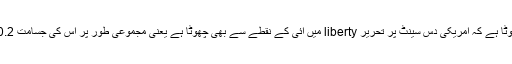
یہ پیوند اتنا چھوٹا ہے کہ امریکی دس سینٹ پر تحریر liberty میں آئی کے نقطے سے بھی چھوٹا ہے یعنی مجموعی طور پر اس کی جسامت 0.2 ملی میٹر ہے۔